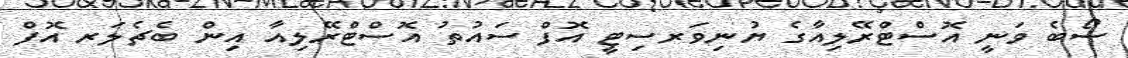
ސޯބެ ވަނީ އޮސްޓްރޭލިއާގެ ޔުނިވަރސިޓީ އޮފް ސައުތު އޮސްޓްރޭލިއާ އިން ބެޗެލަރ އޮފް